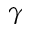
\gamma